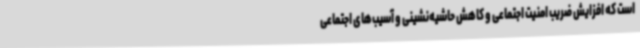
است که افزایش ضریب امنیت اجتماعی و کاهش حاشیه‌نشینی و آسیب‌های اجتماعی